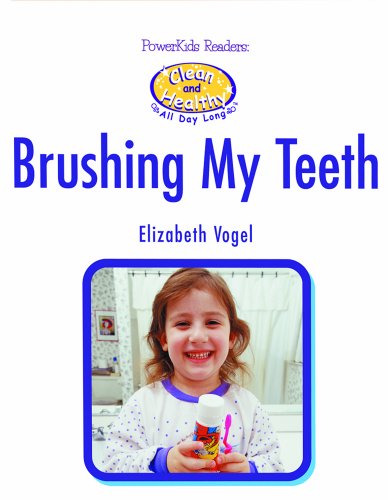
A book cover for Brushing My Teeth (Powerkids Readers: Clean & Healthy); Elizabeth Vogel; Teen & Young Adult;